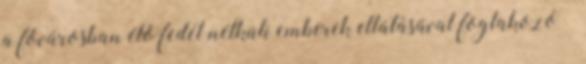
a fővárosban élő fedél nélküli emberek ellátásával foglakozó –